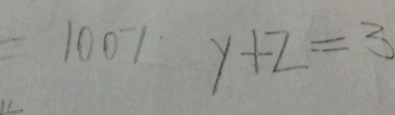
= 1 0 0 7 y + z = 3